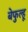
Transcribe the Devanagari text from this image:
बेफुल्हू